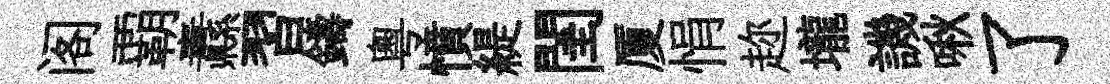
阁覇纛習鑄粵憤緹閨厦悁趂壠譏啾了